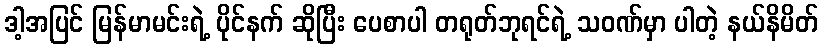
ဒါ့အပြင် မြန်မာမင်းရဲ့ ပိုင်နက် ဆိုပြီး ပေစာပါ တရုတ်ဘုရင်ရဲ့ သဝဏ်မှာ ပါတဲ့ နယ်နိမိတ်